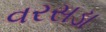
વરસડા